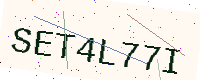
Text: SET4L77I